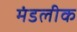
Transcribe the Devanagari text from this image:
मंडलीक